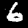
Digit: 6